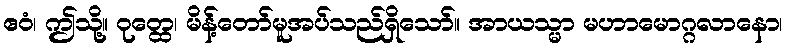
ဧဝံ၊ ဤသို့။ ဝုတ္ထေ၊ မိန့်တော်မူအပ်သည်ရှိသော်။ အာယသ္မာ မဟာမောဂ္ဂလာနော၊